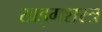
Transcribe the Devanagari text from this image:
खड्गशस्त्र